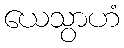
ယေသွာဟံ